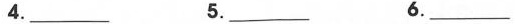
4.___ 5.___ 6.___